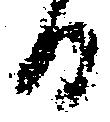
日